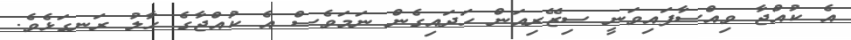
އެ ކުއްޖާ ވިއްސާފައިވަނީ ސިޒޭރިއަން ހަދައިގެން ނަމަވެސް އެ ކުއްޖާގެ ހާލު ރަނގަޅެވެ.